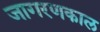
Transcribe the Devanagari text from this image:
जागरणकाल